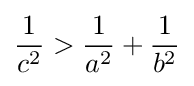
{\frac {1}{c^{2}}}>{\frac {1}{a^{2}}}+{\frac {1}{b^{2}}}